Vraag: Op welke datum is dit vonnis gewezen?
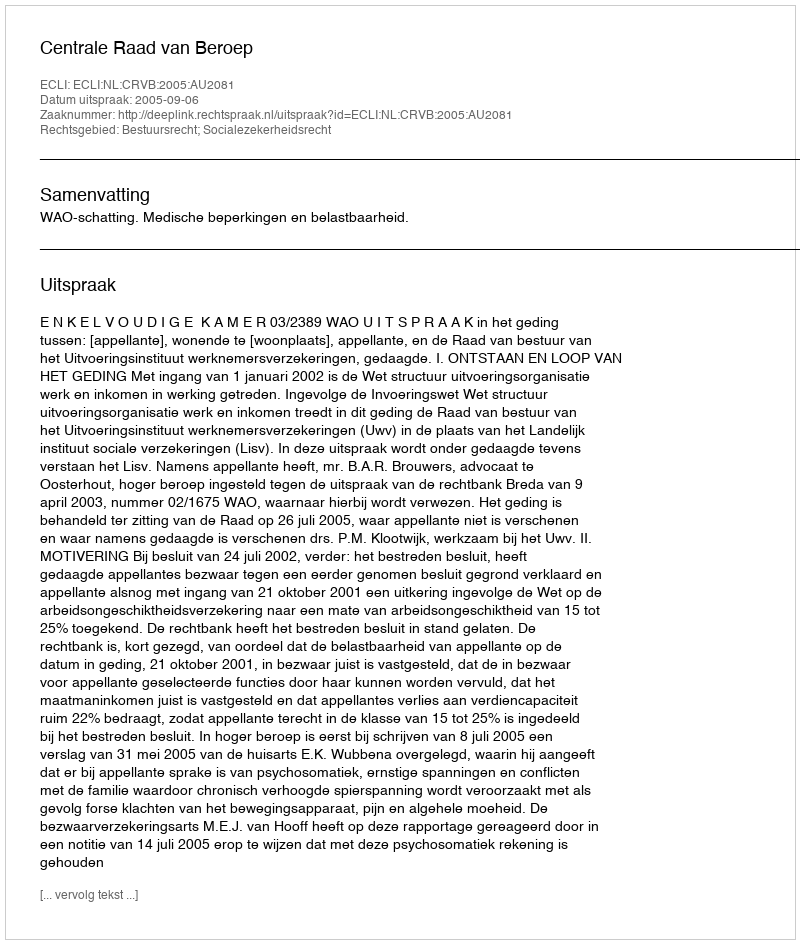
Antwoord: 2005-09-06